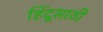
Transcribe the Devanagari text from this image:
हिंदूसाठी